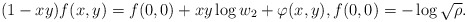
\begin{align*}(1-xy)f(x,y)=f(0,0)+xy\log w_2+\varphi(x,y),f(0,0)=-\log\sqrt{\rho}.\end{align*}